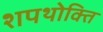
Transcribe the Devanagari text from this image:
शपथोक्ति